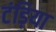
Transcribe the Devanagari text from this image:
टंड़िया